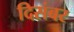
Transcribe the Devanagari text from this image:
दिसंबर